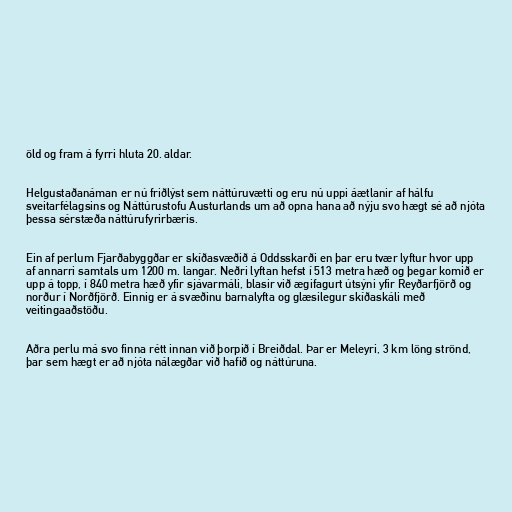
öld og fram á fyrri hluta 20. aldar.

Helgustaðanáman er nú friðlýst sem náttúruvætti og eru nú uppi áætlanir af hálfu
sveitarfélagsins og Náttúrustofu Austurlands um að opna hana að nýju svo hægt sé að njóta
þessa sérstæða náttúrufyrirbæris.

Ein af perlum Fjarðabyggðar er skíðasvæðið á Oddsskarði en þar eru tvær lyftur hvor upp
af annarri samtals um 1200 m. langar. Neðri lyftan hefst í 513 metra hæð og þegar komið er
upp á topp, í 840 metra hæð yfir sjávarmáli, blasir við ægifagurt útsýni yfir Reyðarfjörð og
norður í Norðfjörð. Einnig er á svæðinu barnalyfta og glæsilegur skíðaskáli með
veitingaaðstöðu.

Aðra perlu má svo finna rétt innan við þorpið í Breiðdal. Þar er Meleyri, 3 km löng strönd,
þar sem hægt er að njóta nálægðar við hafið og náttúruna.